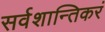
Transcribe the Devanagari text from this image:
सर्वशान्तिकरं